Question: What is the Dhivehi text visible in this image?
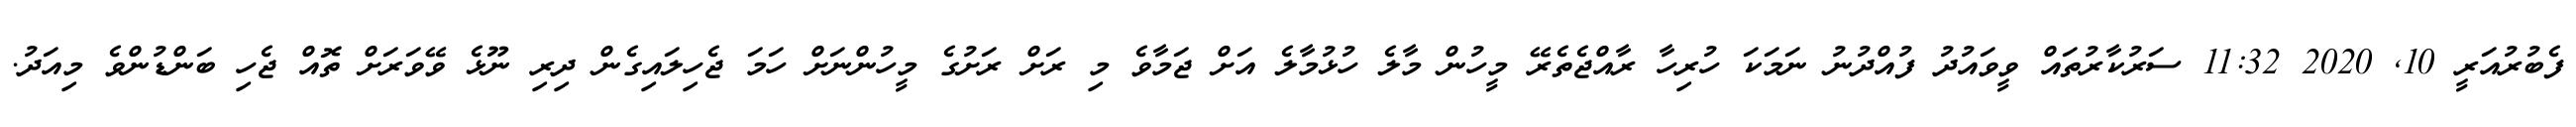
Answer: ފެބުރުއަރީ 10, 2020 11:32 ސަރުކާރުތައް ވީވައުދު ފުއްދުނު ނަމަކަ ހުރިހާ ރާއްޖެތެރޭ މީހުން މާލެ ހުޅުމާލެ އަށް ޖަމާވެ މި ރަށް ރަށުގެ މީހުންނަށް ހަމަ ޖެހިލައިގެން ދިރި ނޫޅެ ވޭވަރަށް ތޮއް ޖެހި ބަންޑުންވެ މިއަދު.